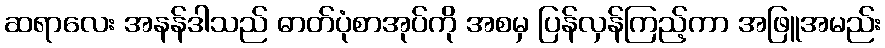
ဆရာလေး အနန်ဒါသည် ဓာတ်ပုံစာအုပ်ကို အစမှ ပြန်လှန်ကြည့်ကာ အဖြူအမည်း